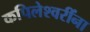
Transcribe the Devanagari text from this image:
कपिलेश्वरींना